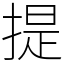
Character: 提